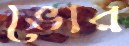
ভোর